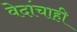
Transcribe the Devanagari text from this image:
वेदांचाही